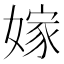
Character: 嫁